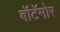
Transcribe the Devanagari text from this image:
बॉटॅमोर